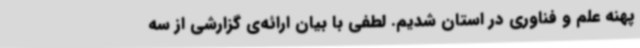
پهنه علم و فناوری در استان شدیم. لطفی با بیان ارائه‌ی گزارشی از سه